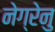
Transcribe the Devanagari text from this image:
नेग्रेनु